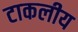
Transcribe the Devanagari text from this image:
टाकलीय